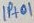
Text: IP+01